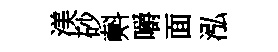
渼砂㪺嚼面泓